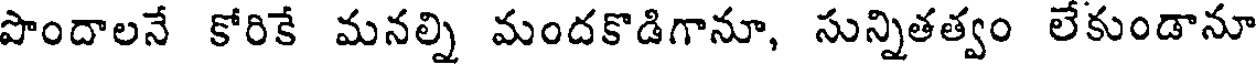
పొందాలనే కోరికే మనల్ని మందకొడిగానూ, సున్నితత్వం లేకుండానూ